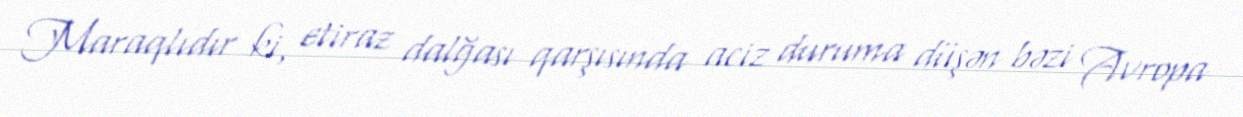
Maraqlıdır ki, etiraz dalğası qarşısında aciz duruma düşən bəzi Avropa